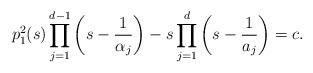
LaTeX: \begin{align*} p_1^2(s)\prod_{j=1}^{d-1}\left(s-\frac1{\alpha_j}\right)-s\prod_{j=1}^d\left(s-\frac1{a_j}\right)=c. \end{align*}